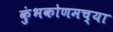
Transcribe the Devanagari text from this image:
कुंभकोणमच्या